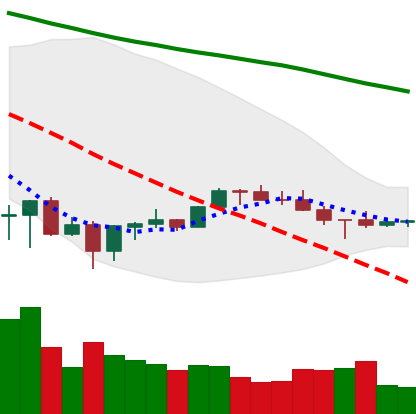
Ticker: BNB-USD
Chart end date: 2022-07-03
Forward return: 9.942%
Label: up_7plus